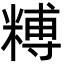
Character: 糐